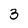
Character: 3